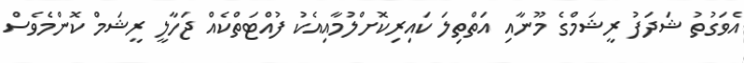
އެވަގުތު ޝަދަފު ރީޝަމްގެ މޫނާއި އަތްތިލަ ކައިރިކޮށްލުމާއިއެކު ފުއްޓަތްކެއް ޖަހާލީ ރީޝަމް ކޮންމެވެސް